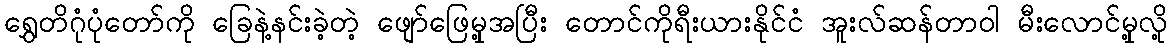
ရွှေတိဂုံပုံတော်ကို ခြေနဲ့နင်းခဲ့တဲ့ ဖျော်ဖြေမှု့အပြီး တောင်ကိုရီးယားနိုင်ငံ အူးလ်ဆန်တာဝါ မီးလောင်မှု့လို့